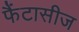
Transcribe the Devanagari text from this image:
फैंटासीज